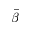
\bar { \beta }